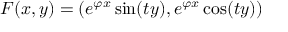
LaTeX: F ( x , y ) = ( e ^ { \varphi x } \sin ( t y ) , e ^ { \varphi x } \cos ( t y ) )